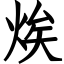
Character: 㶼